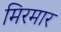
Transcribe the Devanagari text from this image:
मिरमार